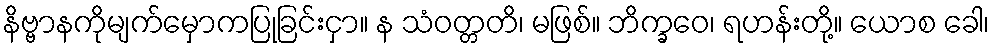
နိဗ္ဗာနကိုမျက်မှောကပြုခြင်းငှာ။ န သံဝတ္တတိ၊ မဖြစ်။ ဘိက္ခဝေ၊ ရဟန်းတို့။ ယောစ ခေါ၊